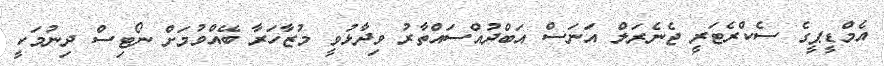
އެމްޑީޕީގެ ސެކްރެޓަރީ ޖެނެރަލް އަނަސް އަބްދުއްސައްތާރު ވިދާޅުވީ މުޒާހަރާ ބޭއްވުމަށް ނޯޓިސް ދިނުމަކީ